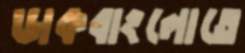
ডাকবাংলোতে